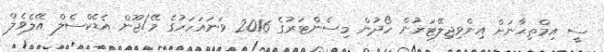
ސީ އިމްތިޙާނަށް އިންވިޖިލޭޓަރުން ހޯދުން މިސެންޓަރުގެ 2016 ވަނައަހަރުގެ މޭ/ޖޫން އެޑެކްސެލް އޭލެވެލް